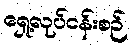
ရှေ့လုပ်ငန်းစဉ်